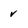
Character: v